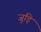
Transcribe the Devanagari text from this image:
जुड़ि